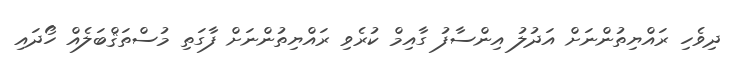
ދިވެހި ރައްޔިތުންނަށް އަދުލު އިންސާފު ގާއިމް ކުރެވި ރައްޔިތުންނަށް ފާގަތި މުސްތަޤްބަލެއް ހޯދައި